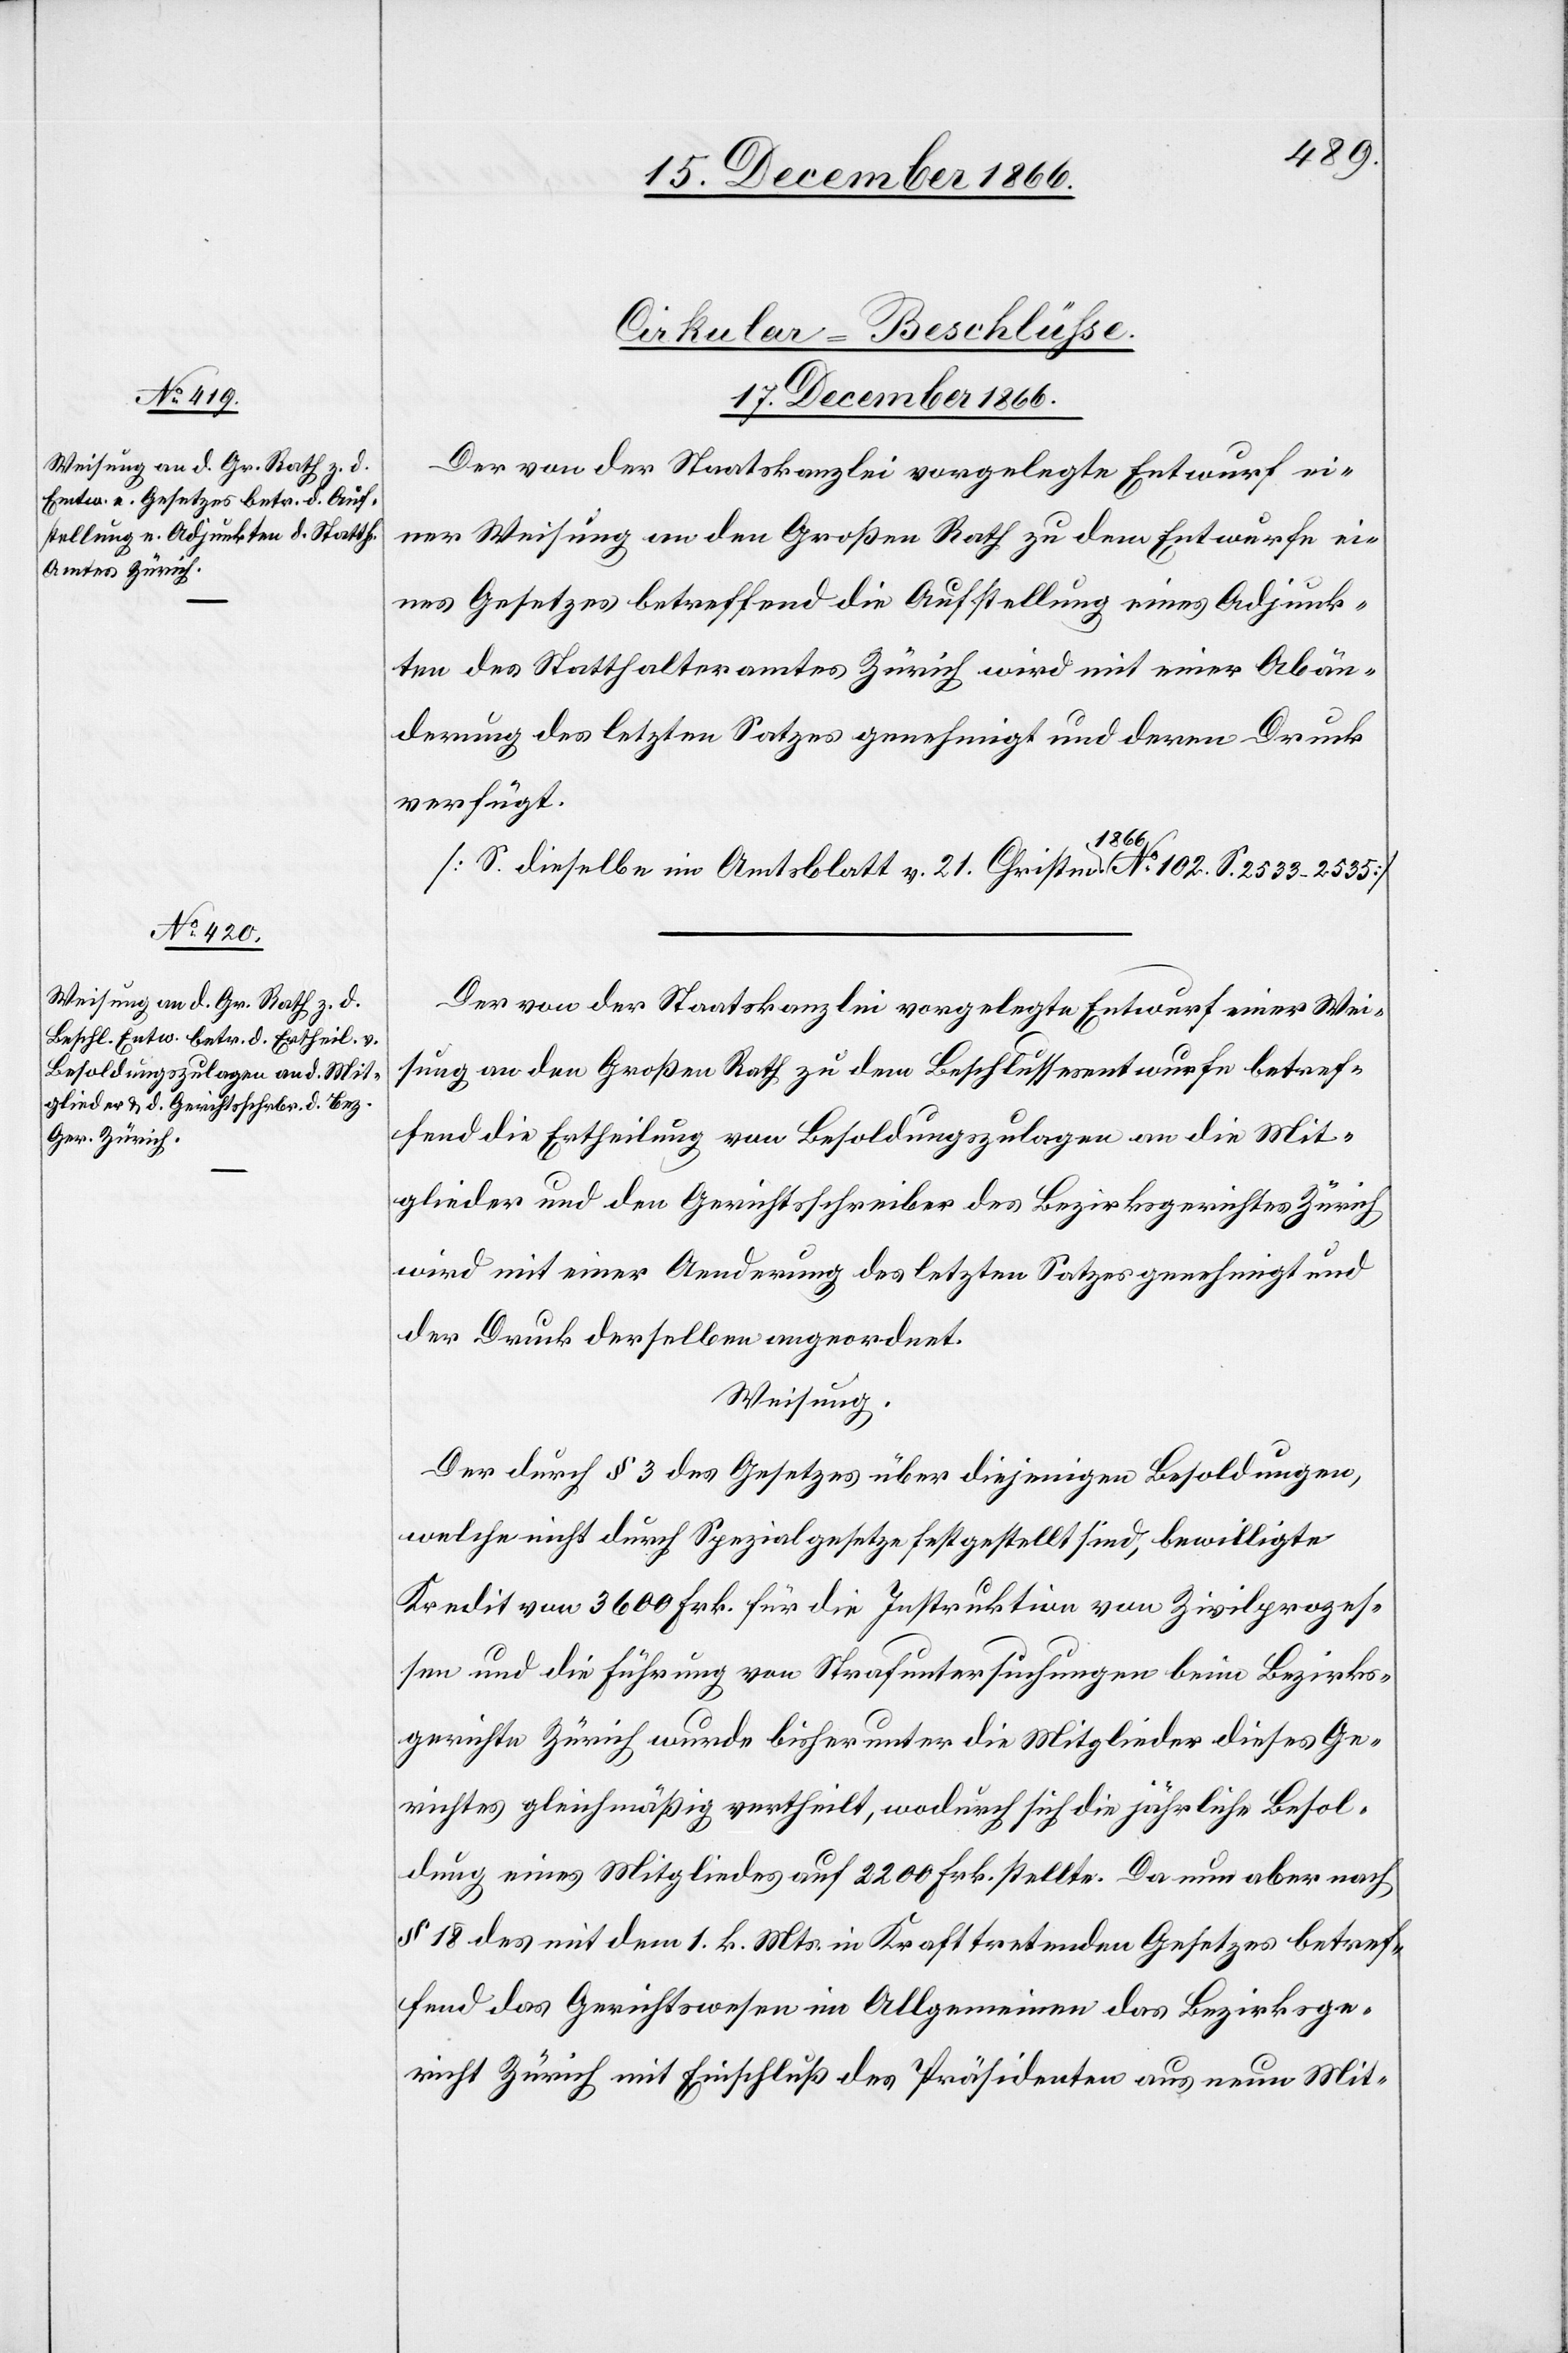
[Cirkular-Beschlüße.
17. December 1866.]
Der von der Staatskanzlei vorgelegte Entwurf ei¬
ner Weisung an den Großen Rath zu dem Entwurfe ei¬
nes Gesetzes betreffend die Aufstellung eines Adjunk¬
ten des Statthalteramtes Zürich wird mit einer Abän¬
derung des letzten Satzes genehmigt und deren Druck
verfügt.
[S. dieselbe im Amtsblatt v. 21. Christm. 1866. No. 102. S. 2533–2535]
Der von der Staatskanzlei vorgelegte Entwurf einer Wei¬
sung an den Großen Rath zu dem Beschlussesentwurfe betref¬
fend die Ertheilung von Besoldungszulagen an die Mit¬
glieder und den Gerichtsschreiber des Bezirksgerichtes Zürich
wird mit einer Aenderung des letzten Satzes genehmigt und
der Druck derselben angeordnet.
Weisung.
Der durch § 3 des Gesetzes über diejenigen Besoldungen,
welche nicht durch Spezialgesetze festgestellt sind, bewilligte
Kredit von 3600 Frk. für die Instruktion von Zivilprozes¬
sen und die Führung von Strafuntersuchungen beim Bezirks¬
gerichte Zürich wurde bisher unter die Mitglieder dieses Ge¬
richtes gleichmäßig vertheilt, wodurch sich die jährliche Besol¬
dung eines Mitgliedes auf 2200 Frk. stellte. Da nun aber nach
§ 18 des mit dem 1. k. Mts. in Kraft tretenden Gesetzes betref¬
fend das Gerichtswesen im Allgemeinen das Bezirksge¬
richt Zürich mit Einschluß des Präsidenten aus neun Mit-